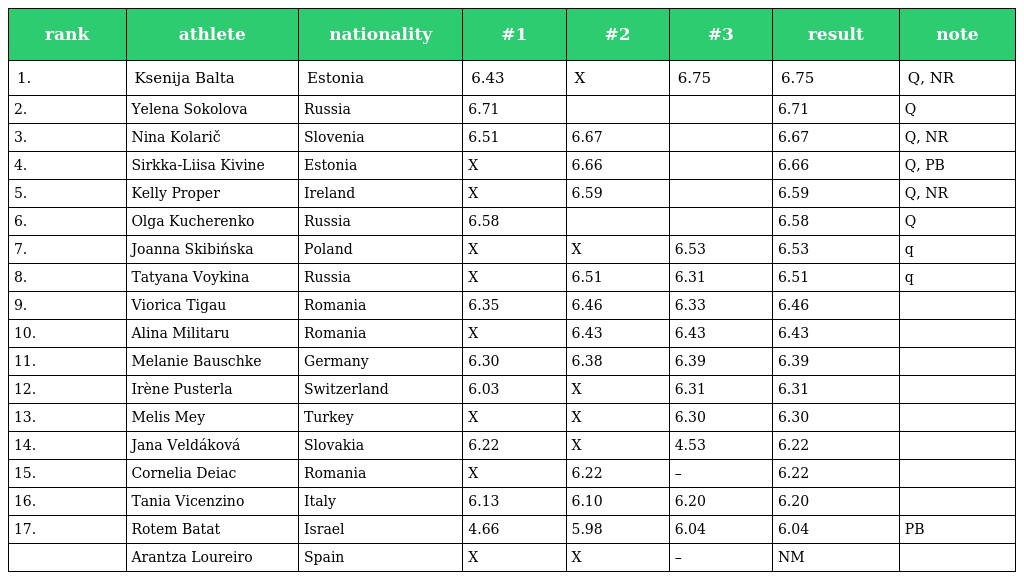
| rank | athlete | nationality | #1 | #2 | #3 | result | note |
 | --- | --- | --- | --- | --- | --- | --- | --- |
 | 1. | Ksenija Balta | Estonia | 6.43 | X | 6.75 | 6.75 | Q, NR |
 | 2. | Yelena Sokolova | Russia | 6.71 |  |  | 6.71 | Q |
 | 3. | Nina Kolarič | Slovenia | 6.51 | 6.67 |  | 6.67 | Q, NR |
 | 4. | Sirkka-Liisa Kivine | Estonia | X | 6.66 |  | 6.66 | Q, PB |
 | 5. | Kelly Proper | Ireland | X | 6.59 |  | 6.59 | Q, NR |
 | 6. | Olga Kucherenko | Russia | 6.58 |  |  | 6.58 | Q |
 | 7. | Joanna Skibińska | Poland | X | X | 6.53 | 6.53 | q |
 | 8. | Tatyana Voykina | Russia | X | 6.51 | 6.31 | 6.51 | q |
 | 9. | Viorica Tigau | Romania | 6.35 | 6.46 | 6.33 | 6.46 |  |
 | 10. | Alina Militaru | Romania | X | 6.43 | 6.43 | 6.43 |  |
 | 11. | Melanie Bauschke | Germany | 6.30 | 6.38 | 6.39 | 6.39 |  |
 | 12. | Irène Pusterla | Switzerland | 6.03 | X | 6.31 | 6.31 |  |
 | 13. | Melis Mey | Turkey | X | X | 6.30 | 6.30 |  |
 | 14. | Jana Veldáková | Slovakia | 6.22 | X | 4.53 | 6.22 |  |
 | 15. | Cornelia Deiac | Romania | X | 6.22 | – | 6.22 |  |
 | 16. | Tania Vicenzino | Italy | 6.13 | 6.10 | 6.20 | 6.20 |  |
 | 17. | Rotem Batat | Israel | 4.66 | 5.98 | 6.04 | 6.04 | PB |
 |  | Arantza Loureiro | Spain | X | X | – | NM |  |